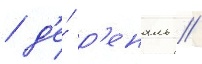
/ д'е́ р'еналь /